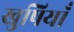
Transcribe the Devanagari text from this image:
खुषियाँ